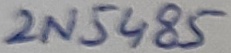
Text: 2N5485